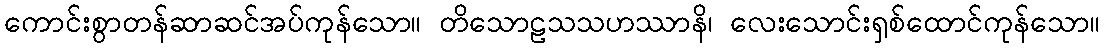
ကောင်းစွာတန်ဆာဆင်အပ်ကုန်သော။ တိသောဠသသဟဿာနိ၊ လေးသောင်းရှစ်ထောင်ကုန်သော။